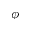
\phi